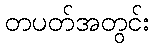
တပတ်အတွင်း